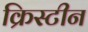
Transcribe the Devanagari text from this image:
क्रिस्‍टीन